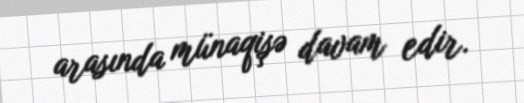
arasında münaqişə davam edir.